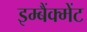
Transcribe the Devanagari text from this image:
इम्बैंक्मेंट